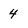
Character: 4